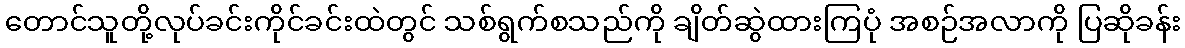
တောင်သူတို့လုပ်ခင်းကိုင်ခင်းထဲတွင် သစ်ရွက်စသည်ကို ချိတ်ဆွဲထားကြပုံ အစဉ်အလာကို ပြဆိုခန်း